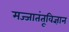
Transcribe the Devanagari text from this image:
मज्जातंतूविज्ञान